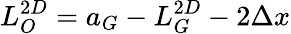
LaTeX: L_{O}^{2D}=a_{G}-L_{G}^{2D}-2\Delta x